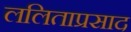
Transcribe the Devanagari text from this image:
ललिताप्रसाद